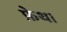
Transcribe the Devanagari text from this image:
फ़ेथ।